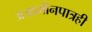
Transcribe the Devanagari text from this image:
अजामीनपात्रही